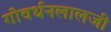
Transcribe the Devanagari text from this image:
गोवर्धनलालजी